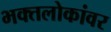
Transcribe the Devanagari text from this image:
भक्तलोकांवर